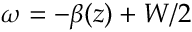
\; \omega = - \beta ( z ) + W / 2